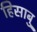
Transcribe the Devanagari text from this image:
हिसाबु